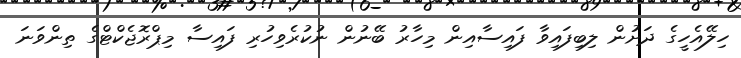
ހިލޭއެހީގެ ދަށުން ލިބިފައިވާ ފައިސާއިން މިހާރު ބޭނުން ނުކުރެވިހުރި ފައިސާ މިޕްރޮޖެކްޓްގެ ތިންވަނަ